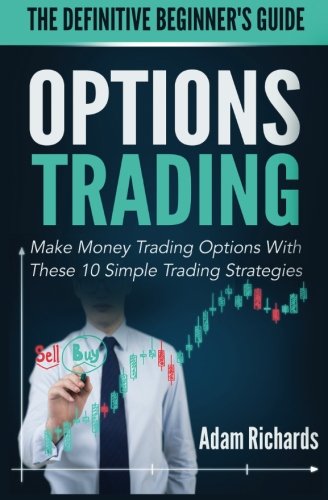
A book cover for Options Trading: The Definitive Beginner's Guide: Make Money Trading Options With These 10 Simple Trading Strategies; Mr Adam Richards; Business & Money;